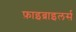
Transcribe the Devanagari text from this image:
फ़ाइब्राइलर्स